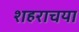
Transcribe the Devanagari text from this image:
शहराचया